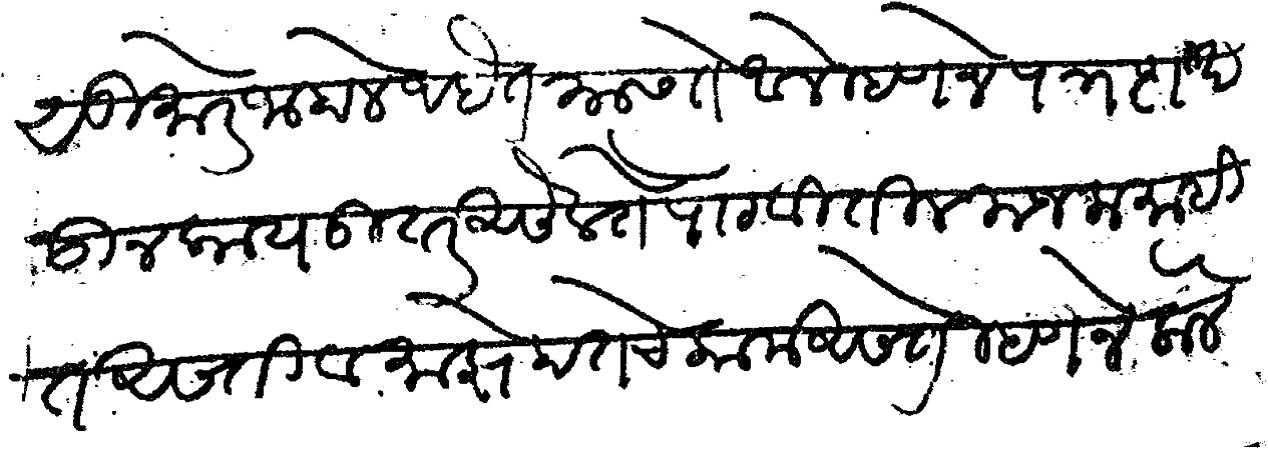
Transliteration (Devanagari): सुमारे जाहाले आहेत यास ते आले म्हणजे पत्र दाख ऊन काय उतर असेल ते पाठवितील मजला माहि त असती व माझे हातचे काम असते म्हणजे केले